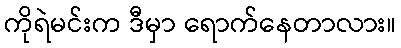
ကိုရဲမင်းက ဒီမှာ ရောက်နေတာလား။